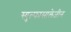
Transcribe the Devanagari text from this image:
स्युल्फासालेज़ीन